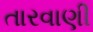
તારવાણી